Lunatic asylums Madras 1892-1911 - 1892-1911
Year: 1892
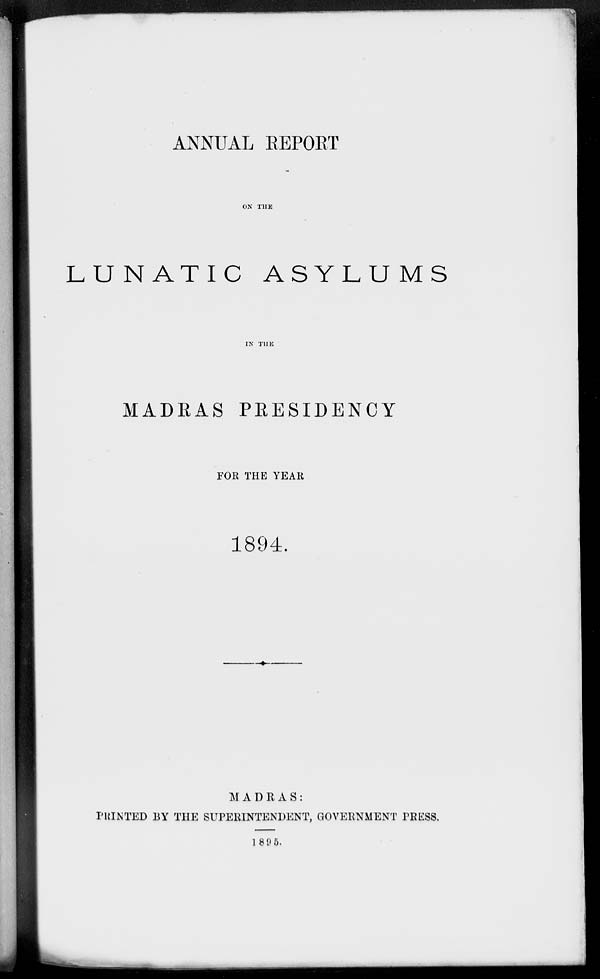
ANNUAL REPORT
ON THE
LUNATIC ASYLUMS
IN THE
MADRAS PRESIDENCY
FOR THE YEAR
1894.
MADRAS:
PRINTED BY THE SUPERINTENDENT, GOVERNMENT PRESS.
1895.